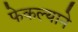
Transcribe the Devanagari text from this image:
फेकल्याने